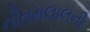
નૌતમલાલની